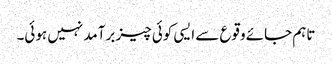
تاہم جائے وقوع سے ایسی کوئی چیز برآمد نہیں ہوئی۔